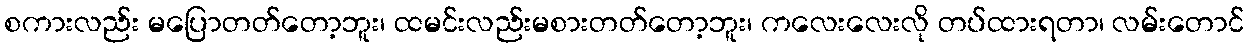
စကားလည်း မပြောတတ်တော့ဘူး၊ ထမင်းလည်းမစားတတ်တော့ဘူး၊ ကလေးလေးလို တပ်ထားရတာ၊ လမ်းတောင်